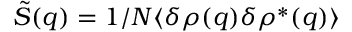
\tilde { S } ( q ) = 1 / N \langle \delta \rho ( q ) \delta \rho ^ { \ast } ( q ) \rangle